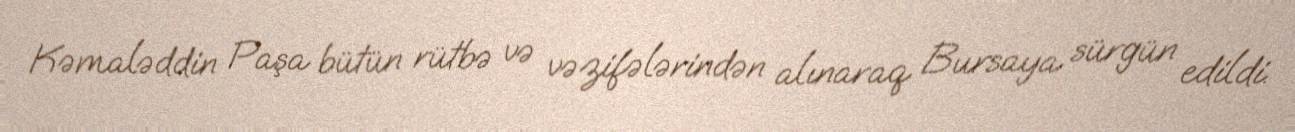
Kəmaləddin Paşa bütün rütbə və vəzifələrindən alınaraq Bursaya sürgün edildi.